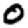
Digit: 0